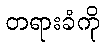
တရားခံကို